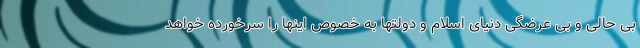
بی حالی و بی عرضگی دنیای اسلام و دولتها به خصوص اینها را سرخورده خواهد